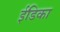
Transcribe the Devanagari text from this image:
ईंडिका